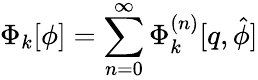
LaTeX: \Phi_{k}[\phi]=\sum_{n=0}^{\infty}\Phi_{k}^{(n)}[q,\hat{\phi}]